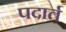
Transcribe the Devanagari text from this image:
पदार्त